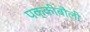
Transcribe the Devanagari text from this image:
पक्कीबौली